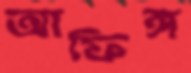
আফিঙ্গ